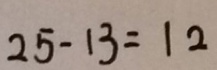
2 5 - 1 3 = 1 2